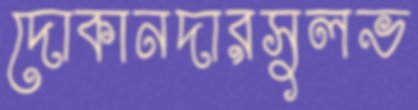
দোকানদারসুলভ